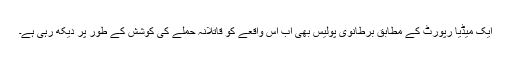
ایک میڈیا رپورٹ کے مطابق برطانوی پولیس بھی اب اس واقعے کو قاتلانہ حملے کی کوشش کے طور پر دیکھ رہی ہے۔